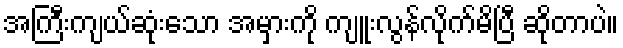
အကြီးကျယ်ဆုံးသော အမှားကို ကျူးလွန်လိုက်မိပြီ ဆိုတာပဲ။